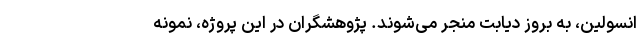
انسولین، به بروز دیابت منجر می‌شوند. پژوهشگران در این پروژه، نمونه